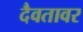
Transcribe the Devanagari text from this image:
दैवतावर